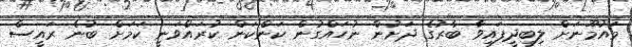
މައުމޫނަށް ލިބިދީފައިވާ ބާރުގެ ދަށުން ނުހައްގުން ކަންކަން ކުރައްވަނީ ކަމަށް ބުނެ ރައީސް